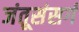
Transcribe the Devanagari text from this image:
जंतूसंसर्ग